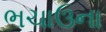
ભચાઉના